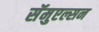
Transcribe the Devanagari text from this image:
सॅमुएल्सन